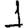
Digit: 1